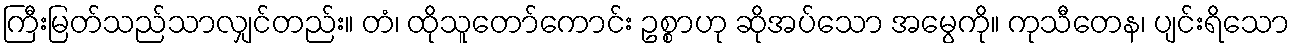
ကြီးမြတ်သည်သာလျှင်တည်း။ တံ၊ ထိုသူတော်ကောင်း ဥစ္စာဟု ဆိုအပ်သော အမွေကို။ ကုသီတေန၊ ပျင်းရိသော